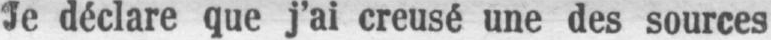
Je déclare que j’ai creusé une des sources